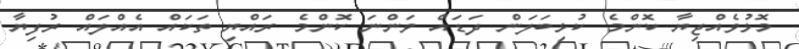
މޮޅުވެއްޖިޔާ ކޮންމެ ކުޅިބަލަން ދަޑައް ވަންނަ ކޮންމެ ރައްޔި ތަކައް އެއްލައް ރުފިޔާ